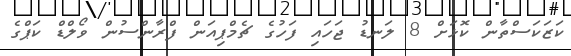
ކަޒަކަސްތާން ކޮޅަށް 8 ލަނޑު ޖަހައި ފަހުގެ ޗެމްޕިއަން ފްރާންސުން ވޯލްޑް ކަޕްގެ